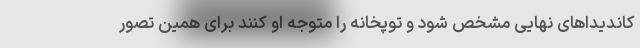
کاندیداهای نهایی مشخص شود و توپخانه را متوجه او کنند برای همین تصور